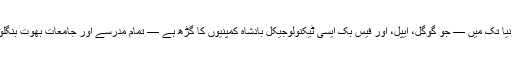
حتٰی کہ خود ریاست کیلےفورنیا تک میں — جو گوگل، ایپل، اور فیس بُک ایسی ٹیکنولوجیکل بادشاہ کمپنیوں کا گڑھ ہے — تمام مدرسے اور جامعات بھوت بنگلوں کا منظر پیش کر رہے ہیں۔